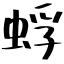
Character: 蜉